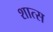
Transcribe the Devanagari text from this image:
शात्स